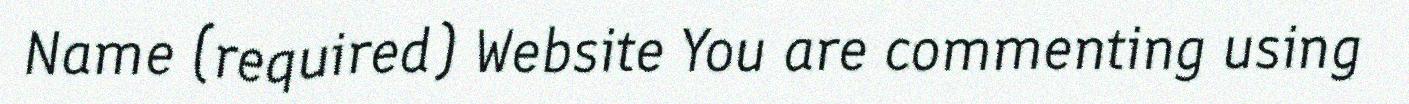
Name (required) Website You are commenting using